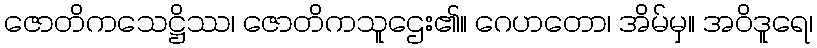
ဇောတိကသေဋ္ဌိဿ၊ ဇောတိကသူဌေး၏။ ဂေဟတော၊ အိမ်မှ။ အဝိဒူရေ၊